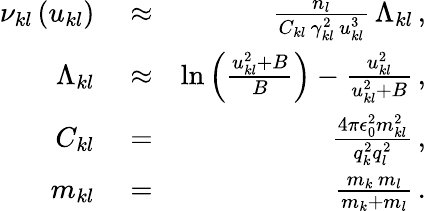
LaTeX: \begin{array}{rlr}{\nu_{kl}\left(u_{kl}\right)}&{{}\approx}&{\frac{n_{l}}{C_{kl}\, \gamma_{kl}^{2}\, u_{kl}^{3}}\, \Lambda_{kl}\, ,}\\ {\Lambda_{kl}}&{{}\approx}&{\ln\left(\frac{u_{kl}^{2}+B}{B}\right)-\frac{u_{kl}^{2}}{u_{kl}^{2}+B}\, ,}\\ {C_{kl}}&{{}=}&{\frac{4\pi\epsilon_{0}^{2}m_{kl}^{2}}{q_{k}^{2}q_{l}^{2}}\, ,}\\ {m_{kl}}&{{}=}&{\frac{m_{k}\, m_{l}}{m_{k}+m_{l}}\, .}\end{array}